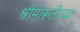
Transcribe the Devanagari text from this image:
श्रीमारूतीच्या